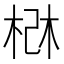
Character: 𰗰